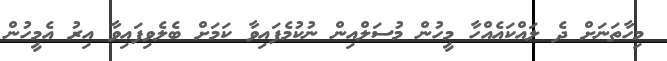
މިހާތަނަށް ދެ ލައްކައެއްހާ މީހުން މުސަލްއިން ނުކުމެފައިވާ ކަމަށް ބެލެވިފައިވާ އިރު އެމީހުން